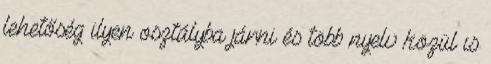
lehetőség ilyen osztályba járni és több nyelv közül is